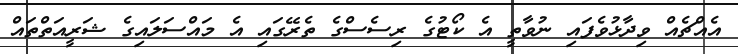
އެއްޗެއް ވިދާޅުވެފައި ނުވާތީ އެ ކޯޓުގެ ރިސެސްގެ ތެރޭގައި އެ މައްސަލައިގެ ޝަރީއަތްތައް